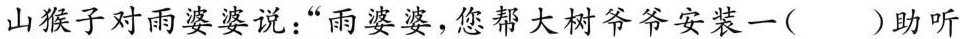
山猴子对雨婆婆说：”雨婆婆，您帮大树爷爷安装一( )助听